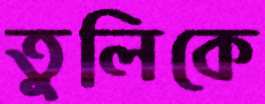
তুলিকে